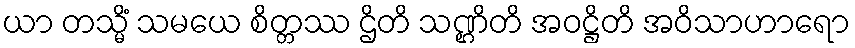
ယာ တသ္မိံ သမယေ စိတ္တဿ ဌိတိ သဏ္ဌိတိ အဝဋ္ဌိတိ အဝိသာဟာရော